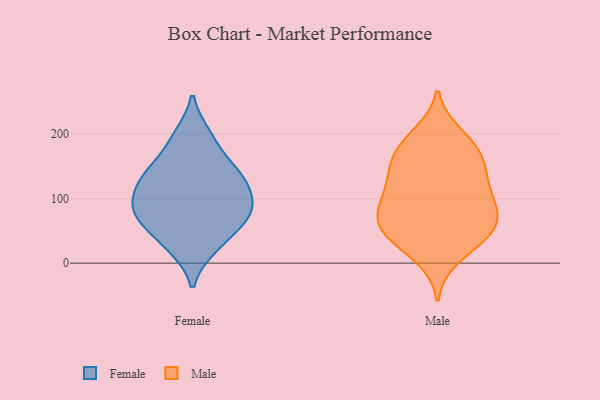
{"axis": {"x": "Demand Index", "y": "Value"}, "legend": ["Female", "Male"], "data": [{"x": "", "y": 83, "type": "Female"}, {"x": "", "y": 136, "type": "Female"}, {"x": "", "y": 110, "type": "Female"}, {"x": "", "y": 197, "type": "Female"}, {"x": "", "y": 55, "type": "Female"}, {"x": "", "y": 81, "type": "Female"}, {"x": "", "y": 75, "type": "Female"}, {"x": "", "y": 109, "type": "Female"}, {"x": "", "y": 90, "type": "Female"}, {"x": "", "y": 66, "type": "Female"}, {"x": "", "y": 192, "type": "Female"}, {"x": "", "y": 142, "type": "Female"}, {"x": "", "y": 145, "type": "Female"}, {"x": "", "y": 136, "type": "Female"}, {"x": "", "y": 27, "type": "Female"}, {"x": "", "y": 25, "type": "Female"}, {"x": "", "y": 198, "type": "Male"}, {"x": "", "y": 52, "type": "Male"}, {"x": "", "y": 10, "type": "Male"}, {"x": "", "y": 34, "type": "Male"}, {"x": "", "y": 87, "type": "Male"}, {"x": "", "y": 155, "type": "Male"}, {"x": "", "y": 90, "type": "Male"}, {"x": "", "y": 178, "type": "Male"}, {"x": "", "y": 92, "type": "Male"}, {"x": "", "y": 117, "type": "Male"}, {"x": "", "y": 188, "type": "Male"}, {"x": "", "y": 140, "type": "Male"}, {"x": "", "y": 60, "type": "Male"}, {"x": "", "y": 46, "type": "Male"}, {"x": "", "y": 77, "type": "Male"}, {"x": "", "y": 130, "type": "Male"}, {"x": "", "y": 49, "type": "Male"}, {"x": "", "y": 159, "type": "Male"}]}